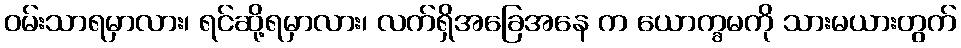
ဝမ်းသာရမှာလား၊ ရင်ဆို့ရမှာလား၊ လက်ရှိအခြေအနေ က ယောက္ခမကို သားမယားတွက်